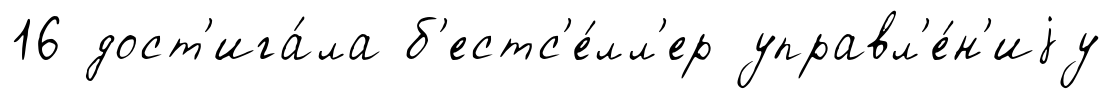
16 дост'ига́ла б'естс'е́лл'ер управл'е́н'иjу